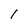
Character: l